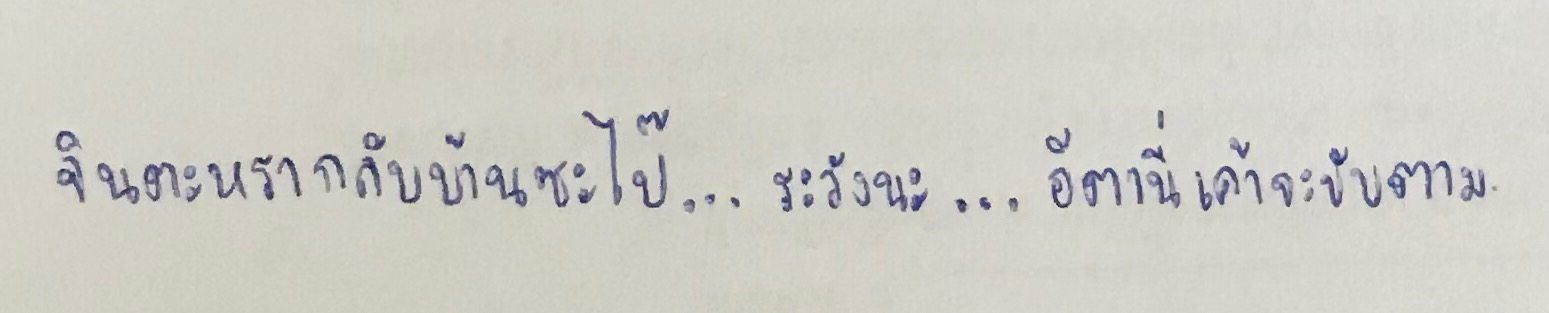
จินตะหรากลับบ้านซะไป๊...ระวังนะ...อีตานี่เค้าจะขับตาม